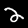
Label: 2